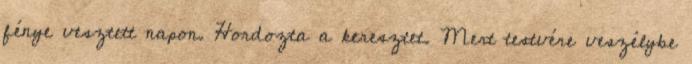
fénye vesztett napon. Hordozta a keresztet. Mert testvére veszélybe